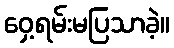
ဝှေ့ရမ်းမပြသာခဲ့။